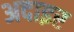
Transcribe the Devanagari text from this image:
अदाइर